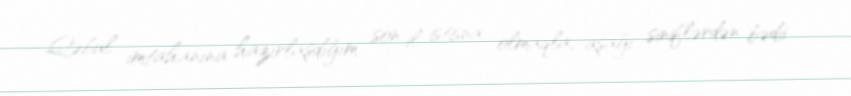
Qəbul imtahanına hazırlaşdığım son il istisna olmaqla, aşağı siniflərdən bədii